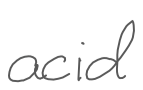
Text: acid
Cross-out: clean
Writing tool: digital_gray